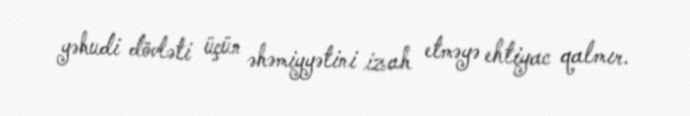
yəhudi dövləti üçün əhəmiyyətini izah etməyə ehtiyac qalmır.